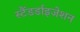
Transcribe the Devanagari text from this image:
स्टैंडर्डाइजेशन